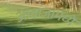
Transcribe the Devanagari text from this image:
आवाजांमध्ये